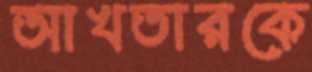
আখতারকে